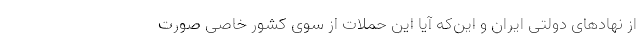
از نهادهای دولتی ایران و این‌که آیا این حملات از سوی کشور خاصی صورت